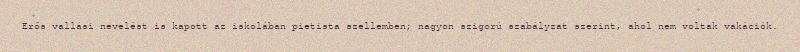
Erős vallási nevelést is kapott az iskolában pietista szellemben; nagyon szigorú szabályzat szerint, ahol nem voltak vakációk.